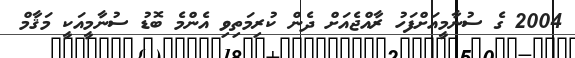
2004 ގެ ސުނާމީއަށްފަހު ރާއްޖެއަށް ދެން ކުރިމަތިވި އެންމެ ބޮޑު ސުނާމީއަކީ މަޤާމް